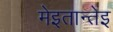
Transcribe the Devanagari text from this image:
मेइतान्तेइ